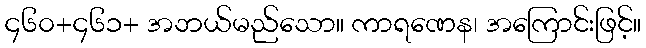
၄၆၀+၄၆၁+ အဘယ်မည်သော။ ကာရဏေန၊ အကြောင်းဖြင့်။